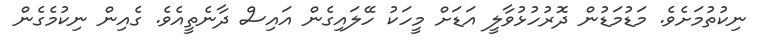
ނިކުތުމަށެވެ. މަޑުމަޑުން ދޮރުހުޅުވާލީ އަޑަށް މީހަކު ހޭލައިގެން އައިސް ދާނެތީއެވެ. ގެއިން ނިކުމެގެން